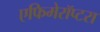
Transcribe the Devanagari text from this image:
एफिमेरॉप्टरा